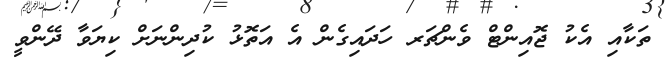
ތަކާއި އެކު ޖޮއިންޓް ވެންޗަރ ހަދައިގެން އެ އަތޮޅު ކުދިންނަށް ކިޔަވާ ދޭންވީ